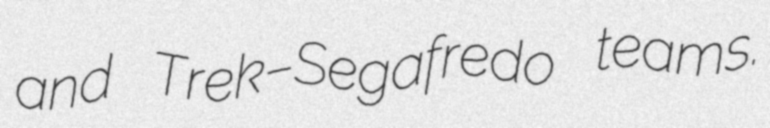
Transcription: and Trek–Segafredo teams.